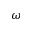
\omega